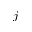
_ j